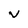
Character: V